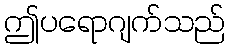
ဤပရောဂျက်သည်